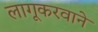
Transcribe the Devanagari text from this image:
लागूकरवाने